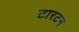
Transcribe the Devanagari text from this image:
टारटन